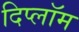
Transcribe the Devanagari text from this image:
दिप्लॉम